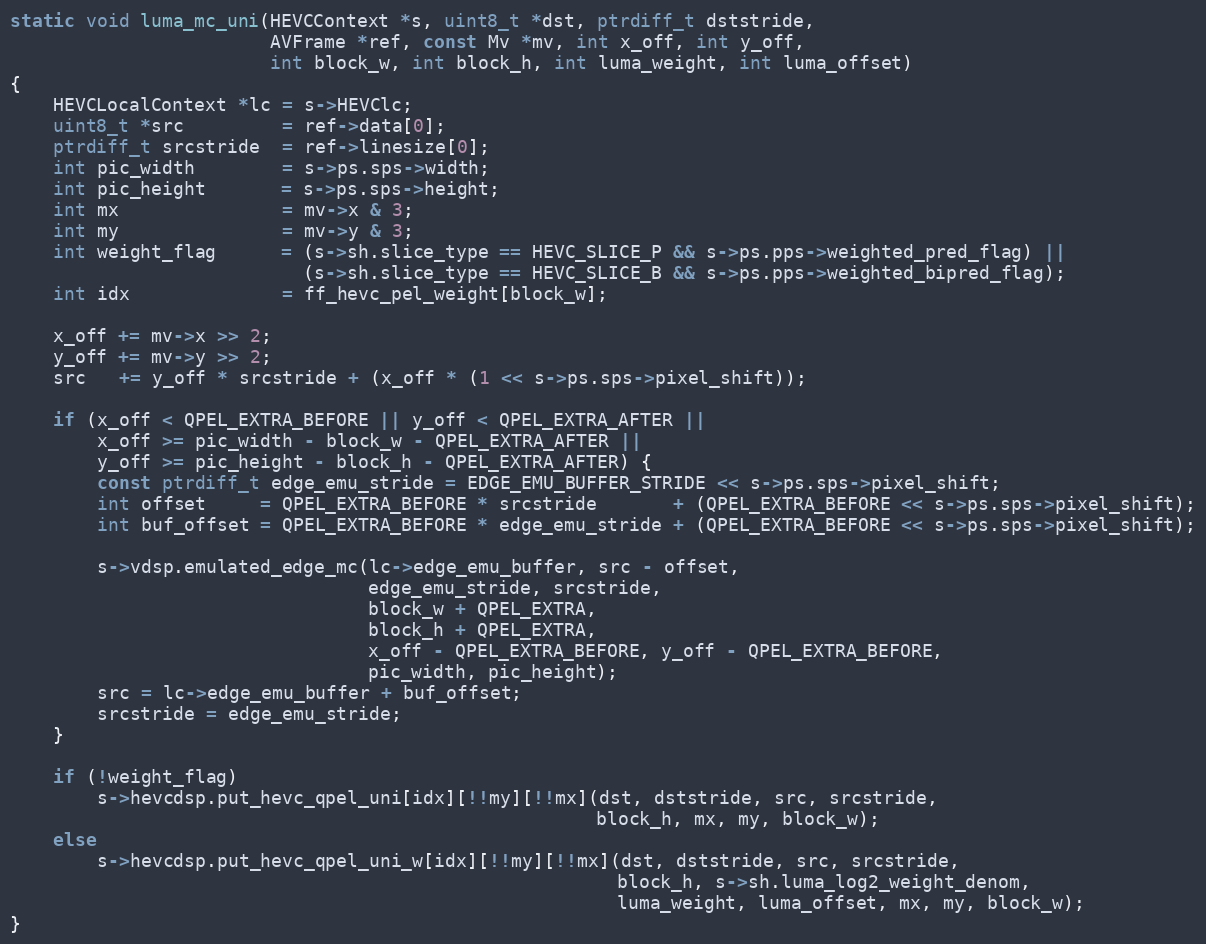
Language: C
static void luma_mc_uni(HEVCContext *s, uint8_t *dst, ptrdiff_t dststride,
                        AVFrame *ref, const Mv *mv, int x_off, int y_off,
                        int block_w, int block_h, int luma_weight, int luma_offset)
{
    HEVCLocalContext *lc = s->HEVClc;
    uint8_t *src         = ref->data[0];
    ptrdiff_t srcstride  = ref->linesize[0];
    int pic_width        = s->ps.sps->width;
    int pic_height       = s->ps.sps->height;
    int mx               = mv->x & 3;
    int my               = mv->y & 3;
    int weight_flag      = (s->sh.slice_type == HEVC_SLICE_P && s->ps.pps->weighted_pred_flag) ||
                           (s->sh.slice_type == HEVC_SLICE_B && s->ps.pps->weighted_bipred_flag);
    int idx              = ff_hevc_pel_weight[block_w];

    x_off += mv->x >> 2;
    y_off += mv->y >> 2;
    src   += y_off * srcstride + (x_off * (1 << s->ps.sps->pixel_shift));

    if (x_off < QPEL_EXTRA_BEFORE || y_off < QPEL_EXTRA_AFTER ||
        x_off >= pic_width - block_w - QPEL_EXTRA_AFTER ||
        y_off >= pic_height - block_h - QPEL_EXTRA_AFTER) {
        const ptrdiff_t edge_emu_stride = EDGE_EMU_BUFFER_STRIDE << s->ps.sps->pixel_shift;
        int offset     = QPEL_EXTRA_BEFORE * srcstride       + (QPEL_EXTRA_BEFORE << s->ps.sps->pixel_shift);
        int buf_offset = QPEL_EXTRA_BEFORE * edge_emu_stride + (QPEL_EXTRA_BEFORE << s->ps.sps->pixel_shift);

        s->vdsp.emulated_edge_mc(lc->edge_emu_buffer, src - offset,
                                 edge_emu_stride, srcstride,
                                 block_w + QPEL_EXTRA,
                                 block_h + QPEL_EXTRA,
                                 x_off - QPEL_EXTRA_BEFORE, y_off - QPEL_EXTRA_BEFORE,
                                 pic_width, pic_height);
        src = lc->edge_emu_buffer + buf_offset;
        srcstride = edge_emu_stride;
    }

    if (!weight_flag)
        s->hevcdsp.put_hevc_qpel_uni[idx][!!my][!!mx](dst, dststride, src, srcstride,
                                                      block_h, mx, my, block_w);
    else
        s->hevcdsp.put_hevc_qpel_uni_w[idx][!!my][!!mx](dst, dststride, src, srcstride,
                                                        block_h, s->sh.luma_log2_weight_denom,
                                                        luma_weight, luma_offset, mx, my, block_w);
}